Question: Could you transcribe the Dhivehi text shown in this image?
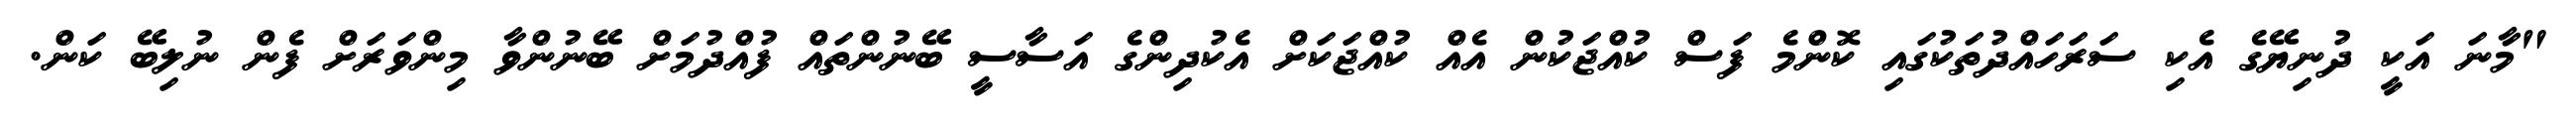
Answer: "މާނަ އަކީ ދުނިޔޭގެ އެކި ސަރަހައްދުތަކުގައި ކޮންމެ ފަސް ކުއްޖަކުން އެއް ކުއްޖަކަށް އެކުދިންގެ އަސާސީ ބޭނުންތައް ފުއްދުމަށް ބޭނުންވާ މިންވަރަށް ފެން ނުލިބޭ ކަން.